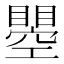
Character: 瞾